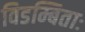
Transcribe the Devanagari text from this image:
विडम्बिताः